Report on horse surra - Volume II, Part II
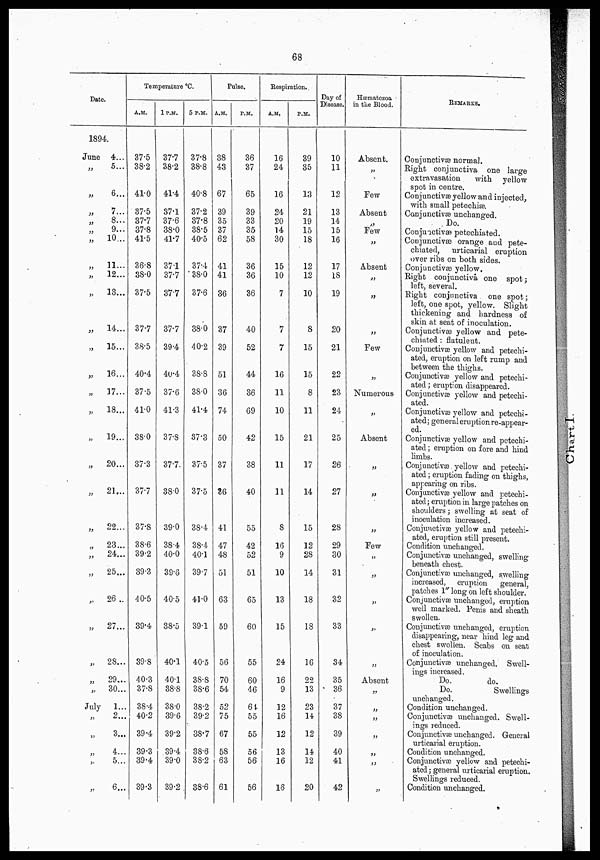
68
Date.
—
1894.
June 4...
„ 5...
„
„
6...
„ 7...
„ 8...
„ 9...
10
„. „
„
11...
„
12...
„ 13...
„
14...
„
15...
„
16...
»
17...
„
13...
„
19...
„
20...
„
21...
„
22...
„ 23
„
24...
„
25...
„
26 ..
„
27...
„
28..
29..
„
30..
July
1..
„
2..
„
3,.
„
4 „ 5..
„
6.
Temperature °C.
A.M.
37.5
38.2
41.0
37.5
37.7
37.8
41.5
36.8
38.0
37.5
37.7
38.5
40.4
37.5
41.0
38.0
37.3
37.7
37.8
38.6
39.2
39.3
40.5
39.4
39..8
40.3
37.8
38.4
40.2
39.4
39.3
39.4
39.3
1P.M.
37.7
38.2
41.4
37.1
37.6
38.0
41.7
37.1
37.7
37.7
37.7
39.4
40.4
37.6
41.3
37.8
37.7
38.0
39.0
38.4
40.0
39.6
40.5
38.5
40.1
40.1
38.8
38.0
39.6
39.2
39.4
39.0
39.2
5 P.M.
37.8
38.8
40.8
37.2
37.8
38.5
40.5
37.4
38.0
37.6
38.0
40.2
38.8
38.0
41.4
37.3
37.5
37.5
38.4
38.4
40.1
39.7
41.0
39.1
40.5
38.8
38.6
38.2
39.2
38.7
38.6
38.2
38.6
Pulse.
A .M.
38
13
67
39
35
37
62
41
41
36
37
39
51
36
74
50
37
36
41
47
48
51
63
59
56
70
54
52
75
67
58
63
61
P.M.
36
37
65
39
33
35
58
36
36
36
40
52
44
36
69
42
38
40
55
42
52
51
65
60
55
60
46
61
55
55
56
56
56
Respiration.
A.M.
16
24
16
24
20
14
30
15
10
7
7
7
16
11
10
15
11
11
8
16
9
10
13
15
24
16
9
12
16
12
;
13
5
16
1
16
P.M.
39
35
13
21
19
15
18
12
12
10
8
15
15
8
11
21
17
14
15
12
28
14
18
18
16
22
13
23
14
12
14
12
20
Day of
Disease.
10
11
12
13
14
15
16
17
18
19
20
21
22
23
24
25
26
21
28
29
30
31
32
33
34
35
36
37
38
39
40
41
42
Hæmatozoa
in the Blood.
Absent.
„
Few
Absent
„
Few
„
Absent
„
„
„
Few
„
Numerous
„
Absent
„
„
„
Few
„
„
„
„
„
Absent
„
„
„
„
„
„
„
REMARKS.
Conjunctivæ normal.
Right conjunctiva one large
extravasation
with yellow
spot in centre.
Conjunctivæ yellow and injected.
with small petechiæ
Conjunctivæ unchanged.
Do.
Conjunctivæ petechiated.
Conjunctivæ orange aud pete-
chiated, urticarial eruption
over ribs on both sides.
Conjunctivæ yellow.
Right conjunctiva one spot;
left, several.
Bight conjunctiva. one spot;
left, one spot, yellow. Slight
thickening and hardness of
skin at seat of inoculation.
Conjunctivæ yellow and pete-
chiated : flatulent.
Conjunctivæ yellow and petechi-
ated, eruption on left rump and
between the thighs.
Conjunctivæ yellow and petechi-
ated ; eruption disappeared.
Conjunctivæ yellow and petechi-
ated.
Conjunctivæ yellow and petechi-
ated ; general eruption re-appear-
ed.
Conjunctivæ yellow and petechi-
ated ; eruption on fore and hind
limbs.
Conjunctivæ yellow and petechi-
ated ; eruption fading on thighs,
appearing on ribs.
Conjunctivæ yellow and petechi-
ated; eruption in large patches on
shoulders; swelling at seat of
inoculation increased.
Conjunctivæ yellow and petechi-
ated, eruption still present.
Condition unchanged.
Conjunctivæ unchanged, swelling
beneath chest.
Conjunctivæ unchanged, swelling
increased, eruption
general,
patches 1" long on left shoulder.
Conjunctivæ unchanged, eruption
well marked. Penis and sheath
swollen.
Conjunctivæ unchanged, eruption
disappearing, near hind leg and
chest swollen. Scabs on seat
of inoculation.
Conjunctivæ unchanged. Swell-
ings increased.
Do.
do.
Do.
Swellings
unchanged.
Condition unchanged.
Conjunctivæ unchanged. Swell-
ings reduced.
Conjunctivæ unchanged. General
urticarial eruption.
Condition unchanged.
Conjunctivæ yellow and petechi-
ated ; general urticarial eruption.
Swellings reduced.
Condition unchanged.